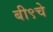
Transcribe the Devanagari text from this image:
बी९चे